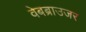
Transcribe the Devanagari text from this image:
वेबब्राउजर